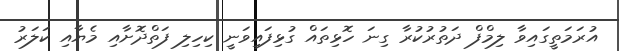
އުރަމަތީގައިވާ ލިމްފް ދަތުރުކުރާ ގިނަ ހޮޅިތައް ގުޅިފައިވަނީ ކިހިލި ފަތްދޮށާއި މެޔާއި ކަލަރު